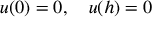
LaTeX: u ( 0 ) = 0 , \quad u ( h ) = 0